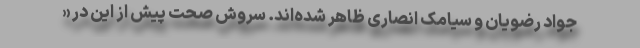
جواد رضویان و سیامک انصاری ظاهر شده‌اند. سروش صحت پیش از این در «